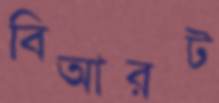
বিআরট